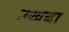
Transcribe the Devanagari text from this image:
उखढा